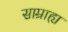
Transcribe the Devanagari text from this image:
साम्राह्य